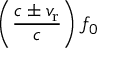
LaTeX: \left( { \frac { c \pm v _ { \mathrm { r } } } { c } } \right) f _ { 0 }